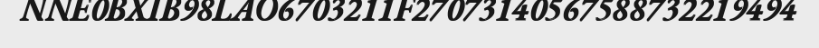
NNE0BXIB98LAO6703211F27073140567588732219494